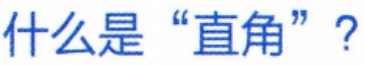
什么是“直角”？